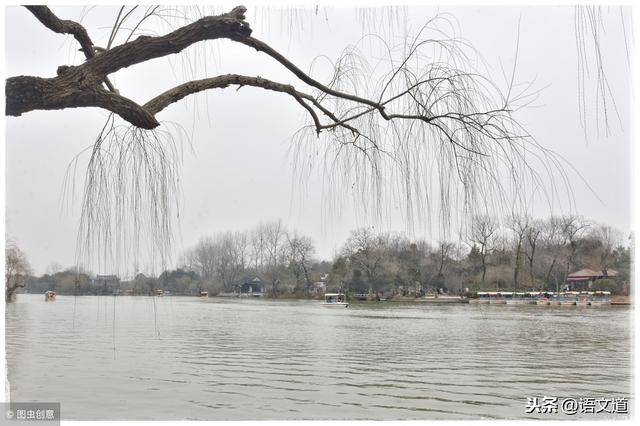
五原春色旧来迟，二月垂杨未挂丝。